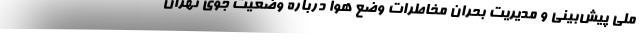
ملی پیش‌بینی و مدیریت بحران مخاطرات وضع هوا درباره وضعیت جوی تهران